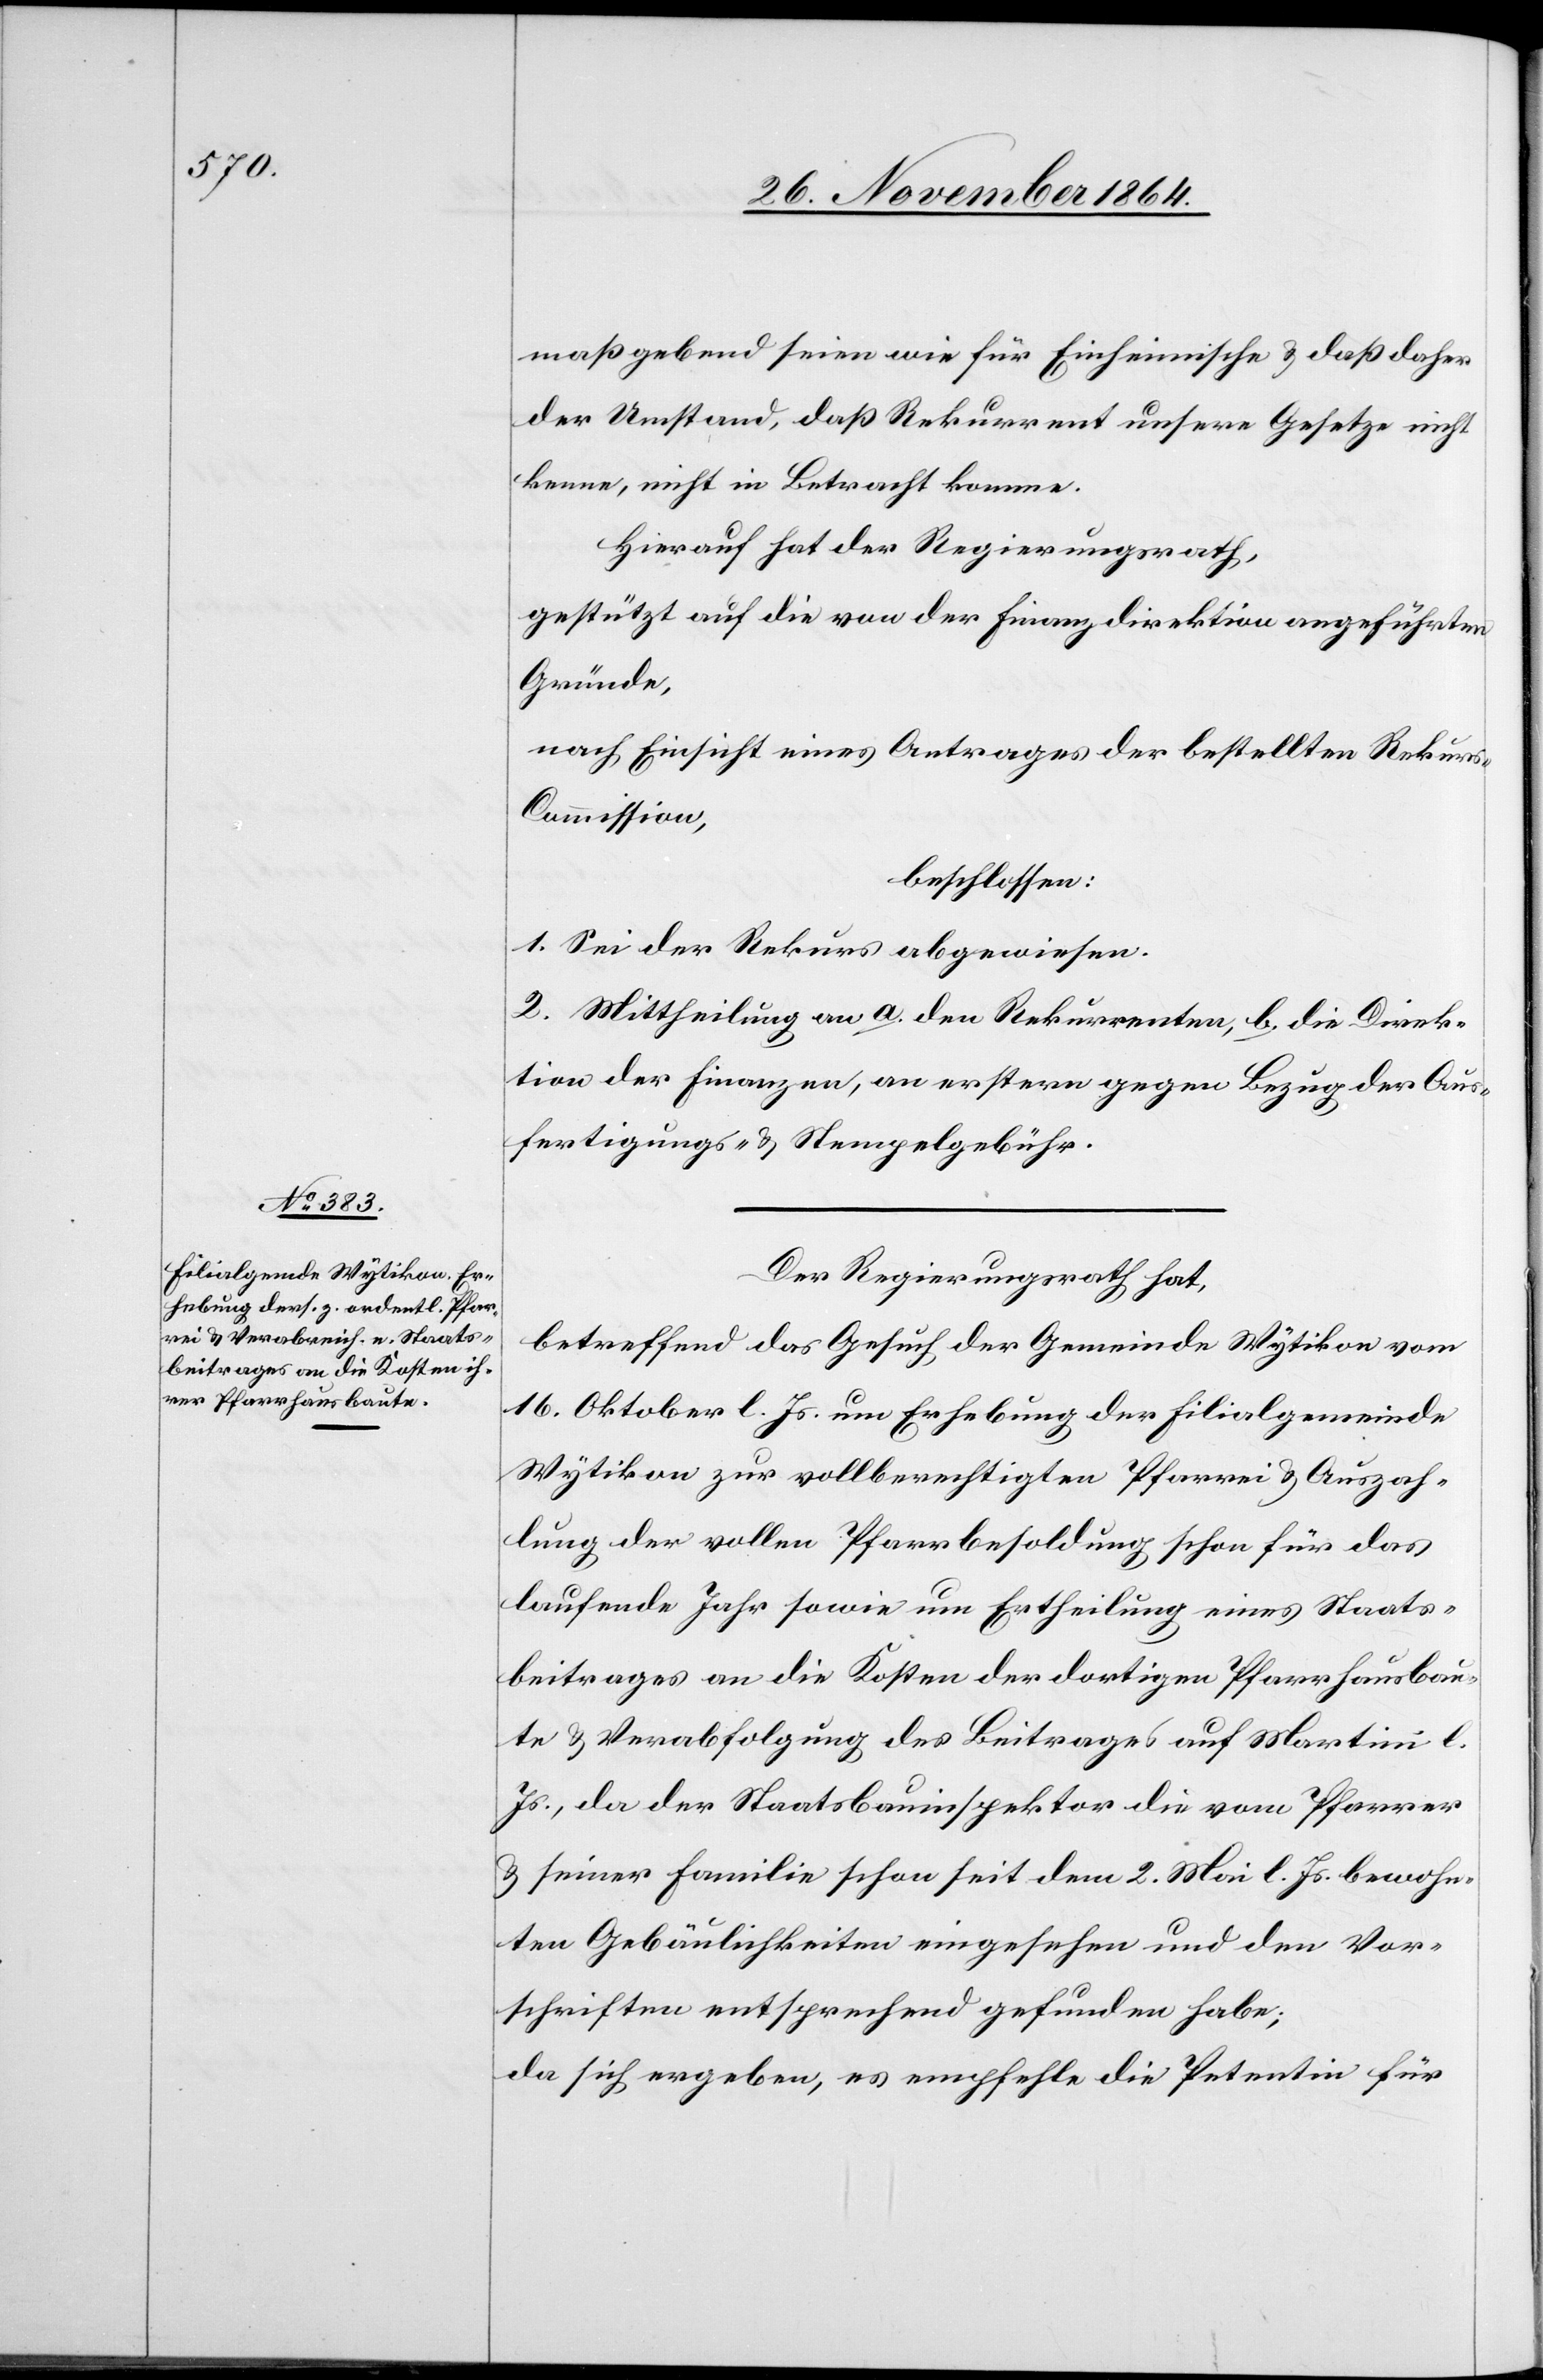
maßgebend seien wie für Einheimische & daß daher
der Umstand, daß Rekurrent unsere Gesetze nicht
kenne, nicht in Betracht komme.
Hierauf hat der Regierungsrath,
gestützt auf die von der Finanzdirektion angeführten
Gründe,
nach Einsicht eines Antrages der bestellten Rekur¬
s-Commission,
beschlossen:
1. Sei der Rekurs abgewiesen.
2. Mittheilung an a. den Rekurrenten, b. die Direk¬
tion der Finanzen, an erstere gegen Bezug der Aus¬
fertigungs- & Stempelgebühr.
Der Regierungsrath hat,
betreffend das Gesuch der Gemeinde Wytikon vom
16. Oktober l. Js. um Erhebung der Filialgemeinde
Wytikon zur vollberechtigten Pfarrei & Auszah¬
lung der vollen Pfarrbesoldung schon für das
laufende Jahr sowie um Ertheilung eines Staats¬
beitrages an die Kosten der dortigen Pfarrhausbau¬
te & Verabfolgung des Beitrages auf Martini l.
Js., da der Staatsbauinspektor die vom Pfarrer
& seiner Familie schon seit dem 2. Mai l. Js. bewohn¬
ten Gebäulichkeiten eingesehen und den Vor¬
schriften entsprechend gefunden habe;
da sich ergeben, es empfehle die Petentin für